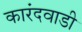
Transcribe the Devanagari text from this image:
कारंदवाडी